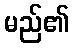
မည်၏